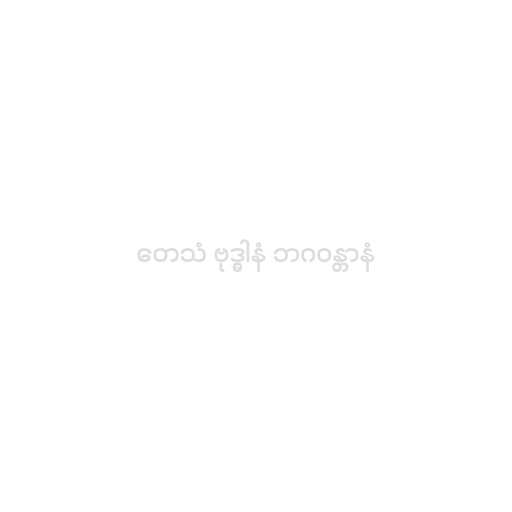
တေသံ ဗုဒ္ဓါနံ ဘဂဝန္တာနံ